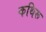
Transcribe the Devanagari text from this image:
कथिरू